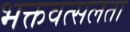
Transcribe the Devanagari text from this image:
भक्तवत्सलता